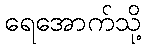
ရေအောက်သို့